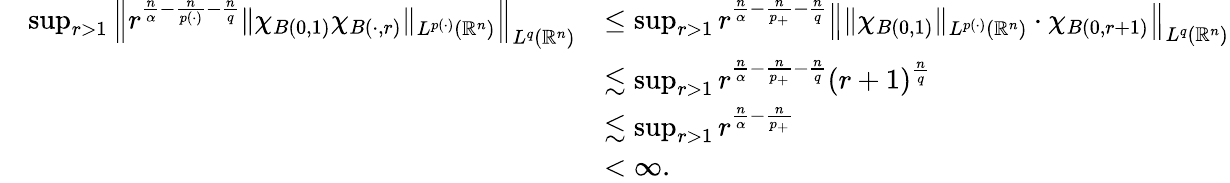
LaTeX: \begin{array}{rl}{\quad\operatorname*{sup}_{r>1}\left\| r^{\frac{n}{\alpha}-\frac{n}{p(\cdot)}-\frac{n}{q}}\| \chi_{B(0,1)}\chi_{B(\cdot,r)}\| _{L^{p(\cdot)}(\mathbb{R}^{n})}\right\| _{L^{q}(\mathbb{R}^{n})}}&{\le\operatorname*{sup}_{r>1}r^{\frac{n}{\alpha}-\frac{n}{p_{+}}-\frac{n}{q}}\left\| \| \chi_{B(0,1)}\| _{L^{p(\cdot)}(\mathbb{R}^{n})}\cdot\chi_{B(0,r+1)}\right\| _{L^{q}(\mathbb{R}^{n})}}\\ &{\lesssim\operatorname*{sup}_{r>1}r^{\frac{n}{\alpha}-\frac{n}{p_{+}}-\frac{n}{q}}(r+1)^{\frac{n}{q}}}\\ &{\lesssim\operatorname*{sup}_{r>1}r^{\frac{n}{\alpha}-\frac{n}{p_{+}}}}\\ &{<\infty.}\end{array}